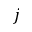
j